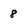
Character: 8